Malarial fevers
Disease focus: Malaria
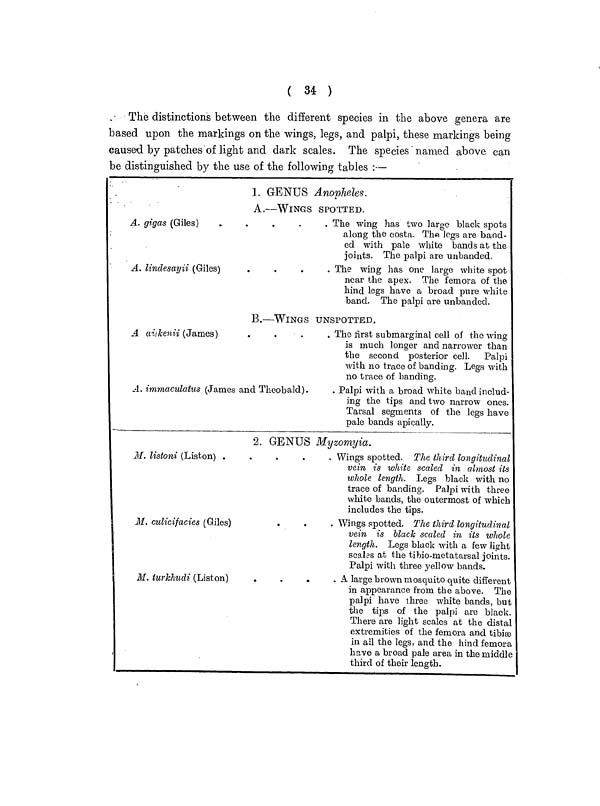
( 34 )
The distinctions between the different species in the above genera are
based upon the markings on the wings, legs, and palpi, these markings being
caused by patches of light and dark scales. The species" named above can
be distinguished by the use of the following tables :—
1. GENUS Anopheles.
A.—WINGS
SPOTTED.
A. gigas (Giles)
A. lindesayii (Giles)
The wing has two large black spots
along the costa. The logs are band-
ed with pale white bands at the
joints. The palpi are unhanded.
The wing has one large white spot
near the apex. The femora of the
hind legs have a broad pure white
band. The palpi are unbanded.
B.—WINGS UNSPOTTED.
A aji]kenii (James)
A. immaculatus (James and Theobald).
The first submargmal cell of the wing
is much longer and narrower than
the second posterior cell. Palpi
with no trace of banding. Legs with
no trace of banding.
Palpi with a broad white band includ-
ing the tips and two narrow ones.
Tarsal segments of the legs have
pale bands apically.
2. GENUS Myzomyia.
M. listoni (Listen)
....
M. culicifacies (Giles)
M. turkhudi (Listen)
.
.
.
Wings spotted. The third longitudinal
vein is white scaled in almost its
whole length. Legs black with no
trace of banding. Palpi with three
white bands, the outermost of which
includes the tips.
Wings spotted. The third longitudinal
vein is black scaled in its whole
length. Legs black with a few light
scales at the tibio-rnetatarsal joints.
Palpi with three yellow bands.
A large brown mosquito quite different
in appearance from the above. The
palpi have three white bands, but
the tips of the palpi are black.
There are light scales at the distal
extremities of the femora and tibiae
in ail the legs, and the hind femora
have a broad pale area in the middle
third of their length.